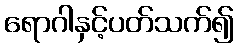
ရောဂါနှင့်ပတ်သက်၍